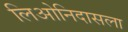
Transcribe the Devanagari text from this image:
लिओनिदासला